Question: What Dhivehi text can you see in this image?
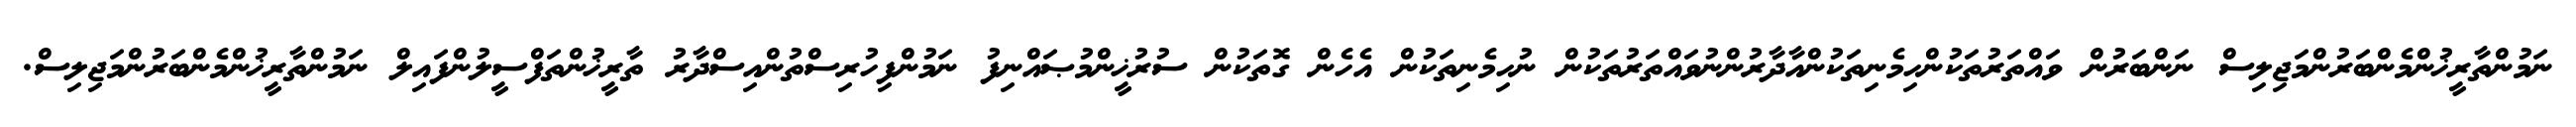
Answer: ނަމުންތާރީޚުންމެންބަރުންމަޖިލިސް ނަންބަރުން ވައްތަރުތަކުންހިމެނިތަކުންއާދާރުންނުވައްތަރުތަކުން ނުހިމެނިތަކުން އެހެން ގޮތަކުން ސުރުޚީންމުޞައްނިފު ނަމުންފިހުރިސްތުންއިސްދާރު ތާރީޚުންތަފްސީލުންފައިލް ނަމުންތާރީޚުންމެންބަރުންމަޖިލިސް.